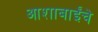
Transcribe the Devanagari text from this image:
आशाबाईंचे